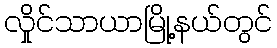
လှိုင်သာယာမြို့နယ်တွင်